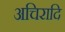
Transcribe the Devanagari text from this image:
अचिरादि